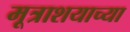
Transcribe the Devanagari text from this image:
मूत्राशयाच्या